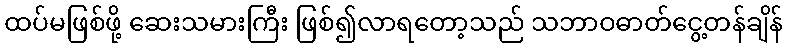
ထပ်မဖြစ်ဖို့ ဆေးသမားကြီး ဖြစ်၍လာရတော့သည် သဘာဝဓာတ်ငွေ့တန်ချိန်